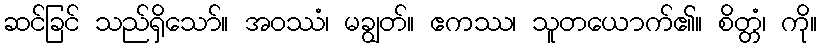
ဆင်ခြင် သည်ရှိသော်။ အဝဿံ၊ မချွတ်။ ဧကဿ၊ သူတယောက်၏။ စိတ္တံ၊ ကို။